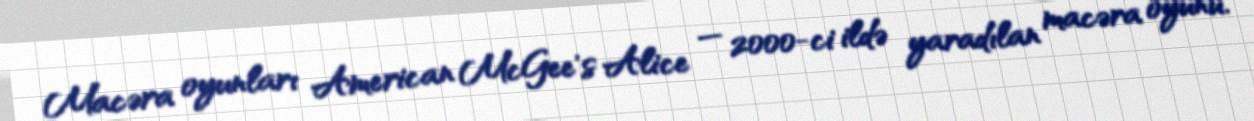
Macəra oyunları American McGee’s Alice — 2000-ci ildə yaradılan macəra oyunu.